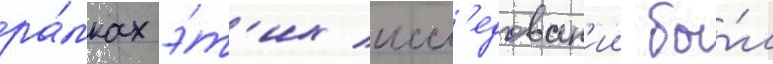
ра́мках э́т'их иссл'едован'ии бы́л